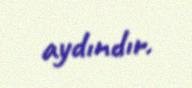
aydındır.